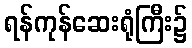
ရန်ကုန်ဆေးရုံကြီး၌